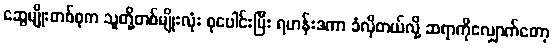
ဆွေမျိုးတစ်စုက သူတို့တစ်မျိုးလုံး စုပေါင်းပြီး ရဟန်းဒကာ ခံလိုတယ်လို့ ဆရာကိုလျှောက်တော့